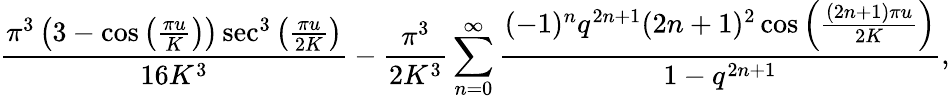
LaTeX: \frac{\pi^{3}\left(3-\cos\left(\frac{\pi u}{K}\right)\right)\sec^{3}\left(\frac{\pi u}{2K}\right)}{16K^{3}}-\frac{\pi^{3}}{2K^{3}}\sum_{n=0}^{\infty}\frac{(-1)^{n}q^{2n+1}(2n+1)^{2}\cos\left(\frac{(2n+1)\pi u}{2K}\right)}{1-q^{2n+1}},